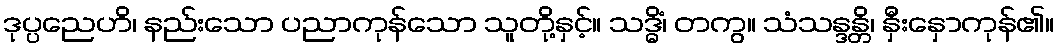
ဒုပ္ပညေဟိ၊ နည်းသော ပညာကုန်သော သူတို့နှင့်။ သဒ္ဓိံ၊ တကွ။ သံသန္ဒန္တိ၊ နှီးနှောကုန်၏။